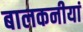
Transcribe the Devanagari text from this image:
बालकनीयां